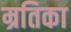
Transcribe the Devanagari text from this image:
म्रतिका